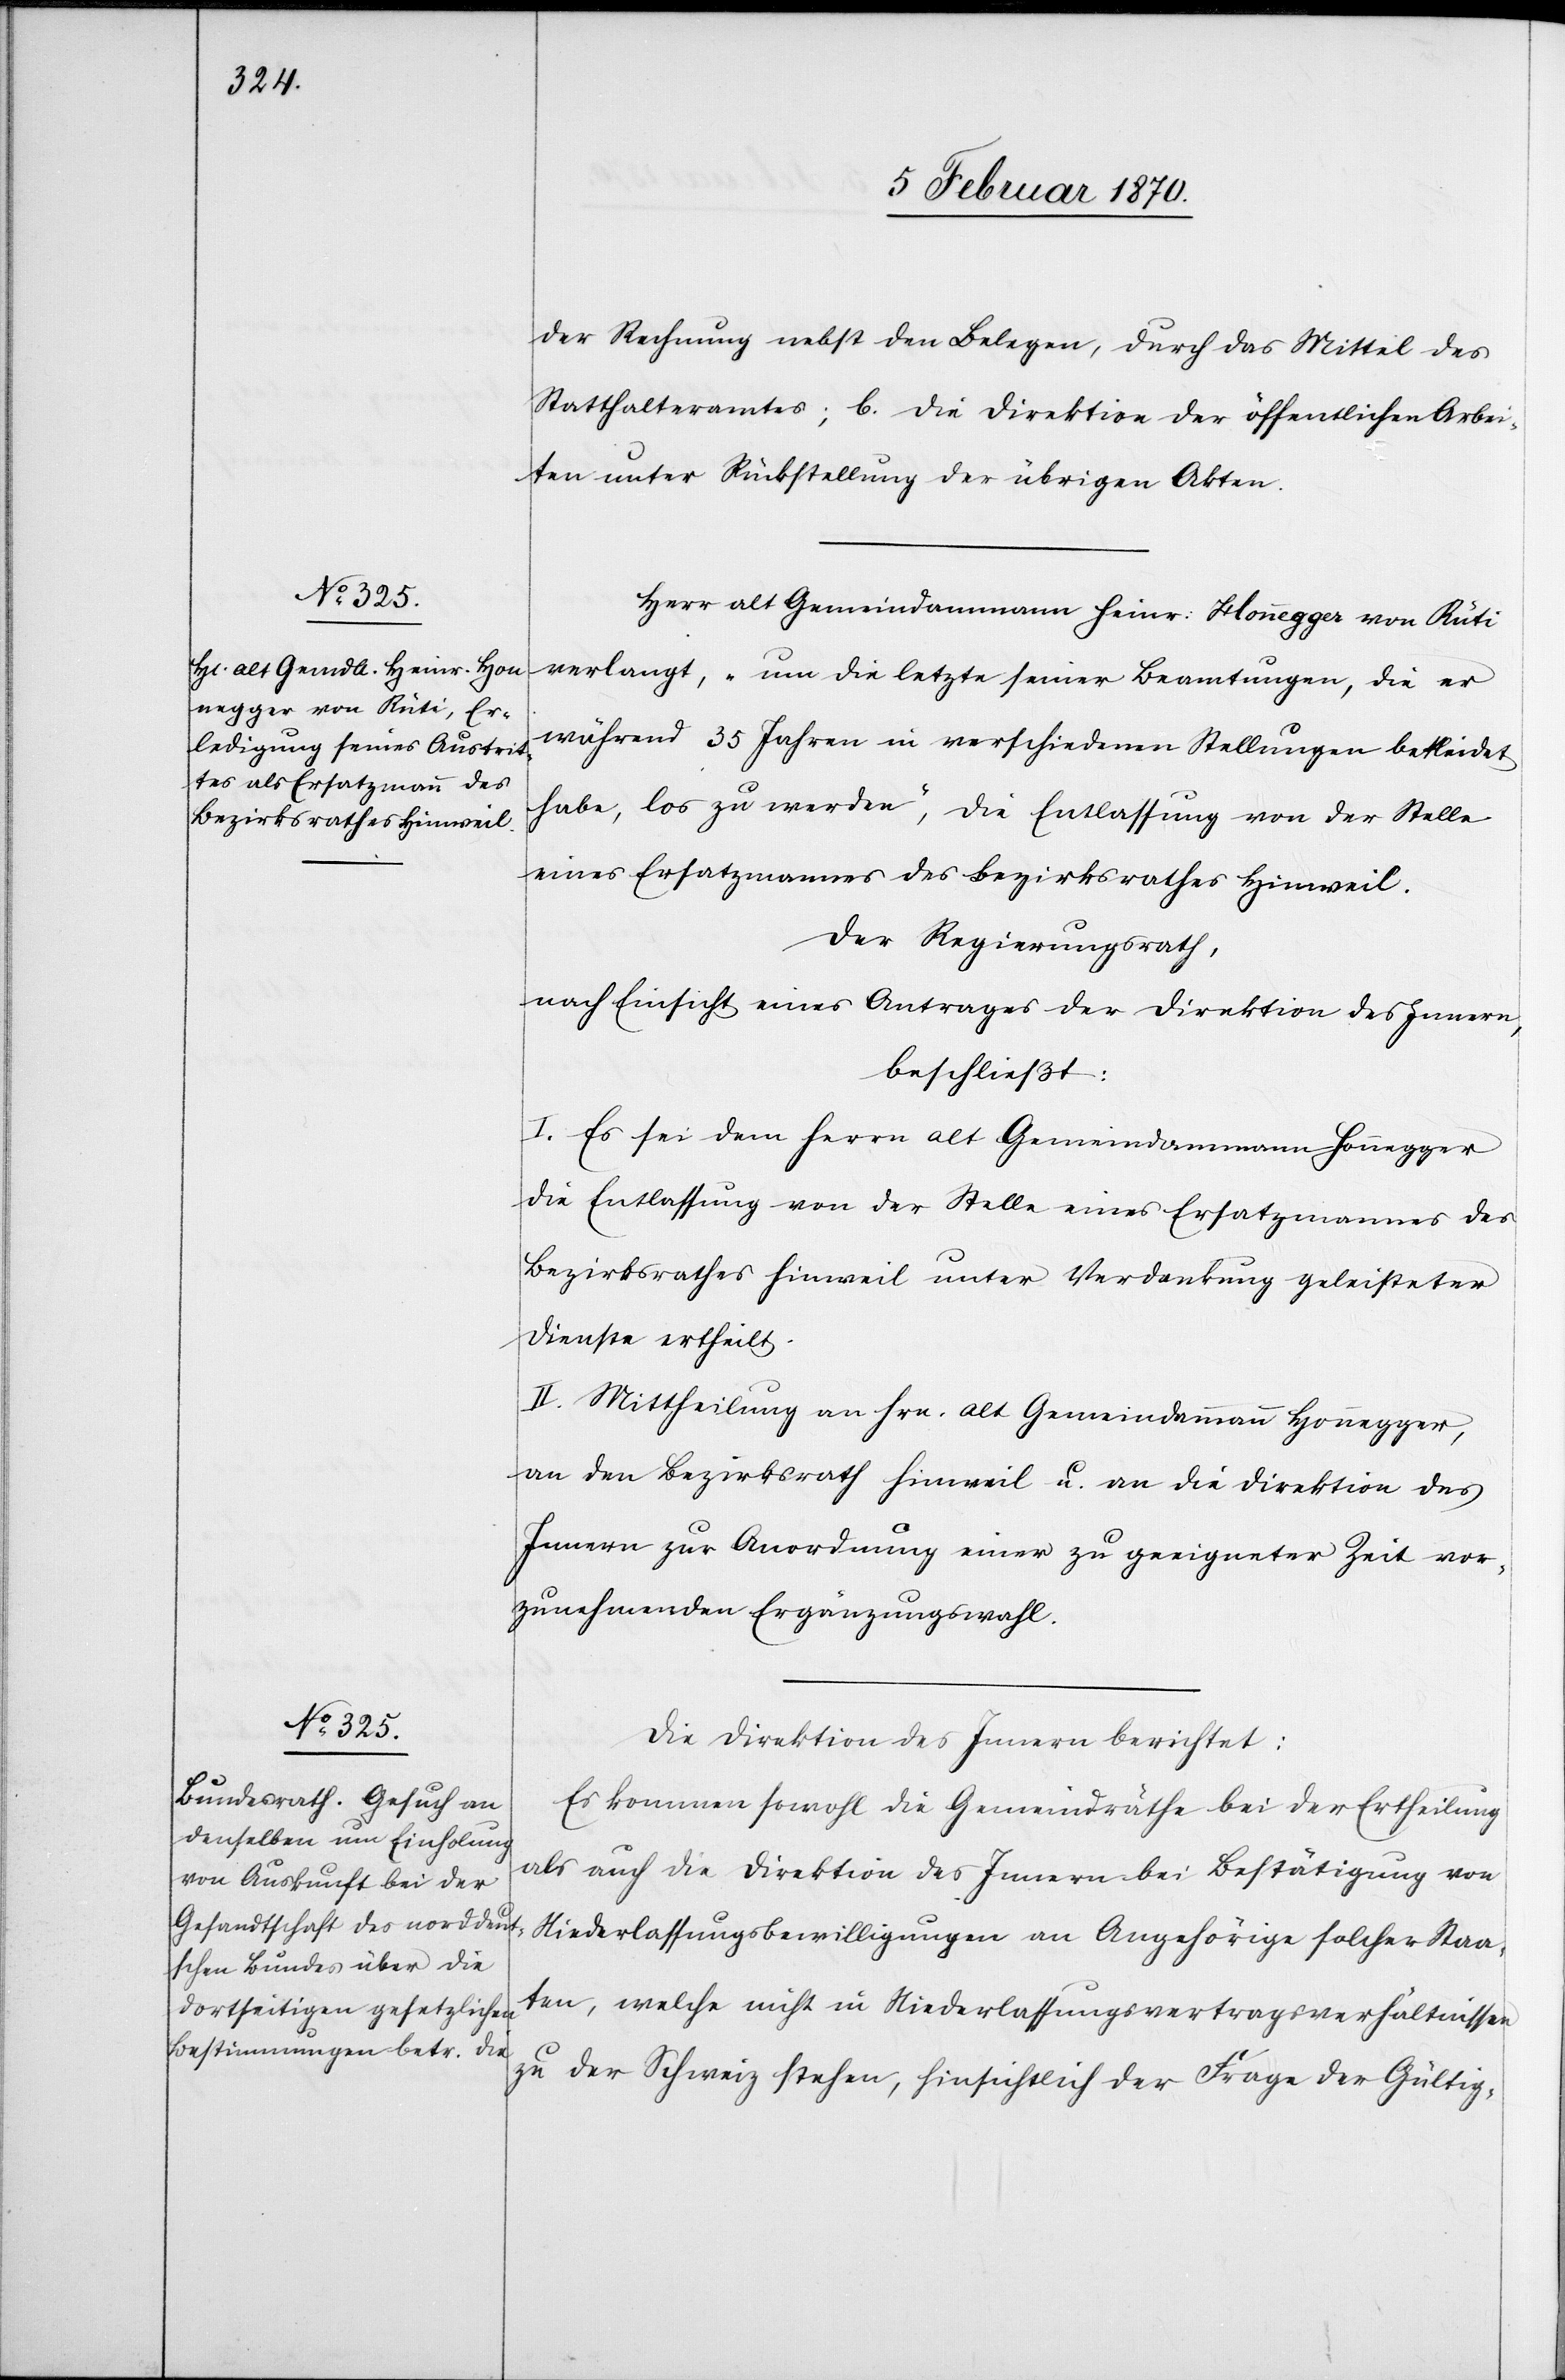
der Rechnung nebst den Belegen, durch das Mittel des
Statthalteramtes; b. die Direktion der öffentlichen Arbei¬
ten unter Rückstellung der übrigen Akten.
Herr alt Gemeindammann Heinr: Honnegger von Rüti
verlangt, „um die letzte seiner Beamtungen, die er
während 35 Jahren in verschiedenen Stellungen bekleidet
habe, los zu werden“, die Entlassung von der Stelle
eines Ersatzmannes des Bezirksrathes Hinweil.
Der Regierungsrath,
nach Einsicht eines Antrages der Direktion des Innern,
beschließt:
I. Es sei dem Herrn alt Gemeindammann Honnegger
die Entlassung von der Stelle eines Ersatzmannes des
Bezirksrathes Hinweil unter Verdankung geleisteter
Dienste ertheilt.
II. Mittheilung an Hrn. alt Gemeindammann Honnegger
an den Bezirksrath Hinweil u. an die Direktion des
Innern zur Anordnung einer zu geeigneter Zeit vor¬
zunehmenden Ergänzungswahl.
Die Direktion des Innern berichtet:
Es kommen sowohl die Gemeindräthe bei der Ertheilung
als auch die Direktion des Innern bei Bestätigung von
Niederlassungsbewilligungen an Angehörige solcher Staa¬
ten, welche nicht in Niederlassungsvertragsverhältnissen
zu der Schweiz stehen, hinsichtlich der Frage der Gültig-